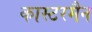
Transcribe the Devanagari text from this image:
कास्टरमैन